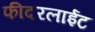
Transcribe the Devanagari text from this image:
फीदरलाईट